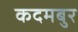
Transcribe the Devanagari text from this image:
कदमबुर